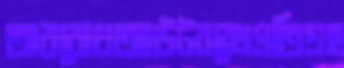
অরবোধআউটবক্সেপ্রতিগ্রহ